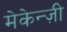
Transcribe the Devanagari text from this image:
मेकेन्ज़ी